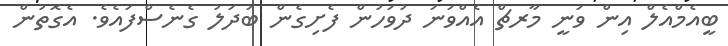
ބީއެމްއެލް އިން ވަނީ މާރޗް އެއްވަނަ ދުވަހުން ފެށިގެން ބަދަލު ގެނެސްފައެވެ. އެގޮތުން